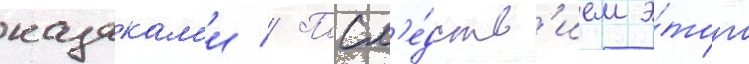
казакам'и // Посл'е́дств'ием э́того